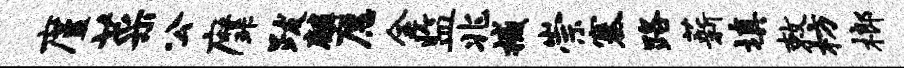
廑菜公縻跋麟愿金监兆撼崇塞路薪填敕枋榔